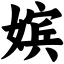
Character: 嫔